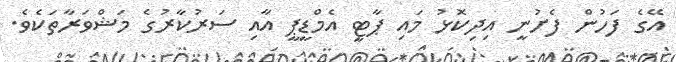
އޭގެ ފަހުން ފެށުނީ އިދިކޮޅު މައި ޕާޓީ އެމްޑީޕީ އާއި ސަރުކާރުގެ މަޝްވަރާތަކެވެ.